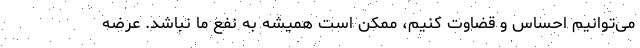
می‌توانیم احساس و قضاوت کنیم، ممکن است همیشه به نفع ما نباشد. عرضه